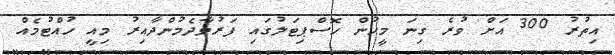
އިތުރު 300 އަށް ވުރެ ގިނަ މީހުން ހޮސްޕިޓަލުގައި ފަރުވާދެމުންދާއިރު މިއީ ހުއްޓުމެއް